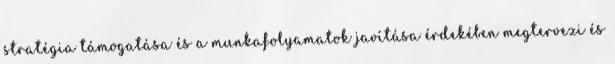
stratégia támogatása és a munkafolyamatok javítása érdekében megtervezi és